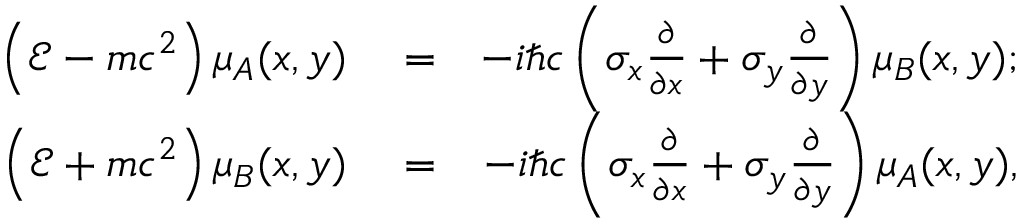
\begin{array} { r l r } { \left( \mathcal { E } - m c ^ { 2 } \right) \mu _ { A } ( x , y ) } & { { } = } & { - i \hbar c \left( \sigma _ { x } \frac { \partial } { \partial x } + \sigma _ { y } \frac { \partial } { \partial y } \right) \mu _ { B } ( x , y ) ; } \\ { \left( \mathcal { E } + m c ^ { 2 } \right) \mu _ { B } ( x , y ) } & { { } = } & { - i \hbar c \left( \sigma _ { x } \frac { \partial } { \partial x } + \sigma _ { y } \frac { \partial } { \partial y } \right) \mu _ { A } ( x , y ) , } \end{array}